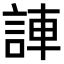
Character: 𫌼